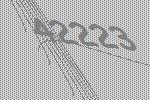
42223